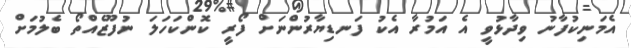
އެމަނިކުފާނު ވިދާޅުވީ އެ އަމުރާ އެކު ފަނޑިޔާރުންނަށް ފޯރީ ކޮންކަހަލަ ނުފޫޒެއްތޯ ބެލުމަށް